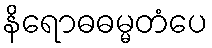
နိရောဓဓမ္မတံပေ